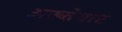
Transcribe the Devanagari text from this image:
अख़्तेयार